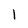
Character: 1